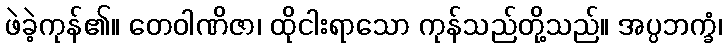
ဖဲခဲ့ကုန်၏။ တေဝါဏိဇာ၊ ထိုငါးရာသော ကုန်သည်တို့သည်။ အပ္ပဘက္ခံ၊